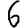
Digit: 6